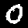
Label: 0